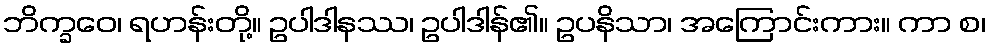
ဘိက္ခဝေ၊ ရဟန်းတို့။ ဥပါဒါနဿ၊ ဥပါဒါန်၏။ ဥပနိသာ၊ အကြောင်းကား။ ကာ စ၊